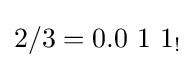
2/3=0.0\ 1\ 1_{!}